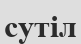
сутіл